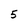
Character: 5